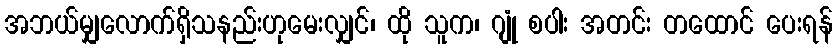
အဘယ်မျှလောက်ရှိသနည်းဟုမေးလျှင်၊ ထို သူက၊ ဂျုံ စပါး အတင်း တထောင် ပေးရန်